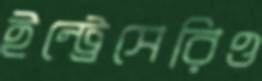
ইন্ট্রেসেরিও